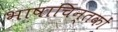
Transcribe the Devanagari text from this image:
भाषाचिन्तकों